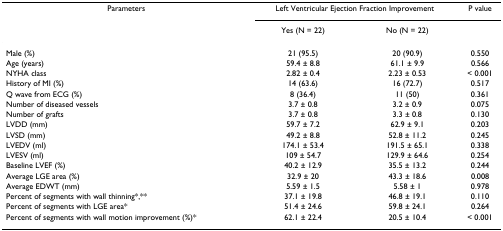
| Parameters | <COLSPAN=2> Left Ventricular Ejection Fraction Improvement | P value |
 |  | Yes (N = 22) | No (N = 22) |  |
 | --- | --- | --- | --- |
 | Male (%) | 21 (95.5) | 20 (90.9) | 0.550 |
 | Age (years) | 59.4 ± 8.8 | 61.1 ± 9.9 | 0.566 |
 | NYHA class | 2.82 ± 0.4 | 2.23 ± 0.53 | < 0.001 |
 | History of MI (%) | 14 (63.6) | 16 (72.7) | 0.517 |
 | Q wave from ECG (%) | 8 (36.4) | 11 (50) | 0.361 |
 | Number of diseased vessels | 3.7 ± 0.8 | 3.2 ± 0.9 | 0.075 |
 | Number of grafts | 3.7 ± 0.8 | 3.3 ± 0.8 | 0.130 |
 | LVDD (mm) | 59.7 ± 7.2 | 62.9 ± 9.1 | 0.203 |
 | LVSD (mm) | 49.2 ± 8.8 | 52.8 ± 11.2 | 0.245 |
 | LVEDV (ml) | 174.1 ± 53.4 | 191.5 ± 65.1 | 0.338 |
 | LVESV (ml) | 109 ± 54.7 | 129.9 ± 64.6 | 0.254 |
 | Baseline LVEF (%) | 40.2 ± 12.9 | 35.5 ± 13.2 | 0.244 |
 | Average LGE area (%) | 32.9 ± 20 | 43.3 ± 18.6 | 0.008 |
 | Average EDWT (mm) | 5.59 ± 1.5 | 5.58 ± 1 | 0.978 |
 | Percent of segments with wall thinning*,** | 37.1 ± 19.8 | 46.8 ± 19.1 | 0.110 |
 | Percent of segments with LGE area* | 51.4 ± 24.6 | 59.8 ± 24.1 | 0.264 |
 | Percent of segments with wall motion improvement (%)* | 62.1 ± 22.4 | 20.5 ± 10.4 | < 0.001 |